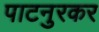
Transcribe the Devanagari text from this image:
पाटनुरकर